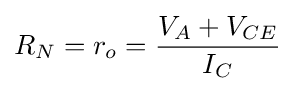
R_{N}=r_{o}={\frac {V_{A}+V_{CE}}{I_{C}}}\